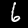
Label: 6